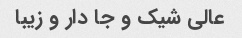
عالی شیک و جا دار و زیبا